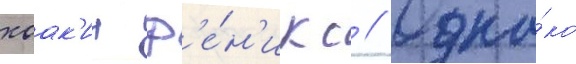
хоак'ин ф'е́н'икс // Одна́ко